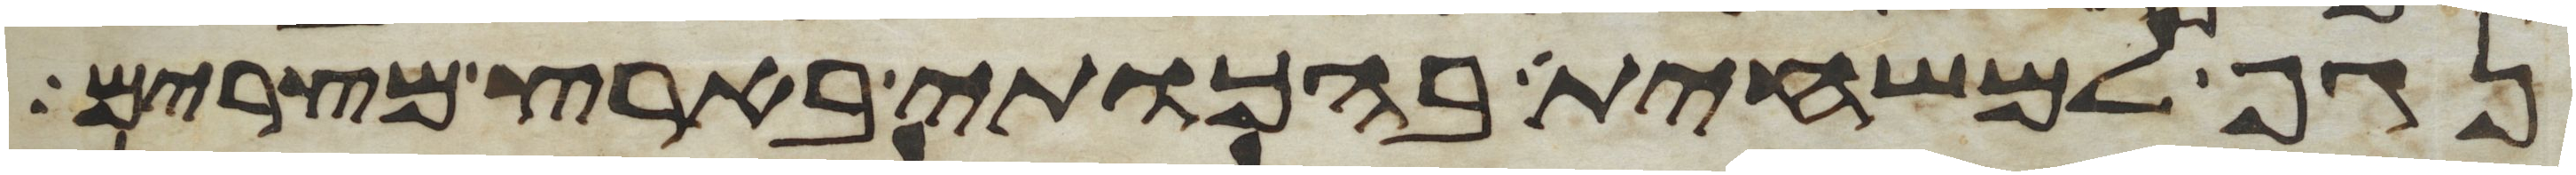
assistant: נגף למשחית בהכותי בארץ מצרים